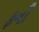
ફની